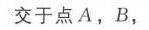
交于点\(A\)，\(B\)，